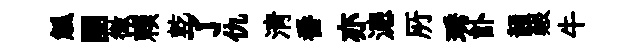
觚團微賴乾了仇清番亦漶𠩄琇訃韻艱牛